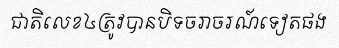
ជាតិលេខ៤ត្រូវបានបិទចរាចរណ៍ទៀតផង